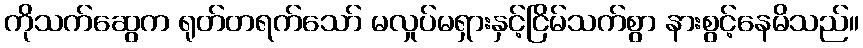
ကိုသက်ဆွေက ရုတ်တရက်သော် မလှုပ်မရှားနှင့်ငြိမ်သက်စွာ နားစွင့်နေမိသည်။